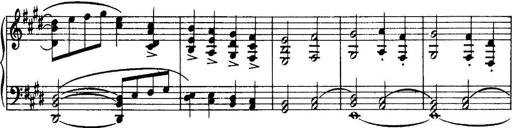
Title: 3 Sonatinas, Op.67
Composer: Jean Sibelius